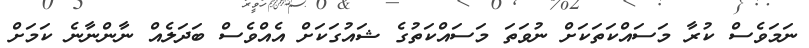
ނަމަވެސް ކުރާ މަސައްކަތަކަށް ނުވަތަ މަސައްކަތުގެ ޝައުގަކަށް އެއްވެސް ބަދަލެއް ނާންނާނެ ކަމަށް